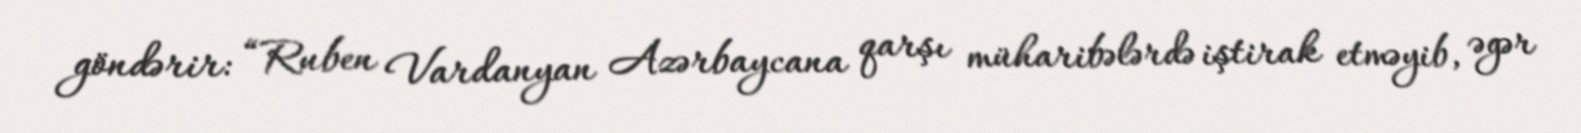
göndərir: “Ruben Vardanyan Azərbaycana qarşı müharibələrdə iştirak etməyib, əgər